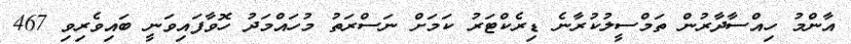
އާންމު ހިއްސާދާރުން ތަމްސީލުކުރާނެ ޑިރެކްޓަރު ކަމަށް ނަސްރަތު މުހައްމަދު ހޮވާފައިވަނީ ބައިވެރިވި 467